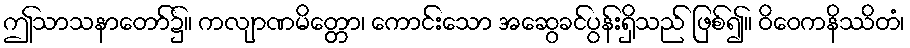
ဤသာသနာတော်၌။ ကလျာဏမိတ္တော၊ ကောင်းသော အဆွေခင်ပွန်းရှိသည် ဖြစ်၍။ ဝိဝေကနိဿိတံ၊